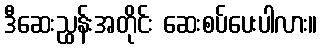
ဒီဆေးညွှန်းအတိုင်း ဆေးစပ်ပေးပါလား။